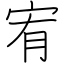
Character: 宥